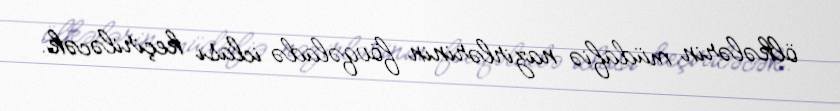
ölkələrin müdafiə nazirlərinin fövqəladə iclası keçiriləcək.